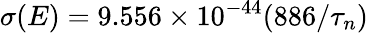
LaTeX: {\sigma}(E)=9.556\times 10^{-44}(886/{\tau}_{n})